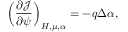
\left( \frac { \partial \mathcal { J } } { \partial \psi } \right) _ { H , \mu , \alpha } = - q \Delta \alpha ,